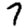
Digit: 7